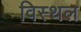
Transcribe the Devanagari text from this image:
विस्थल